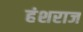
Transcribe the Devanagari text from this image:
हंशराज